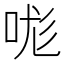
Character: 哤